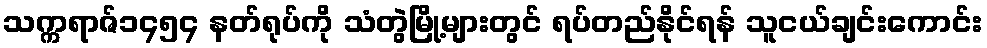
သက္ကရာဇ်၁၄၅၄ နတ်ရုပ်ကို သံတွဲမြို့များတွင် ရပ်တည်နိုင်ရန် သူငယ်ချင်းကောင်း